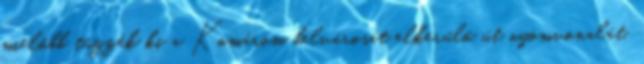
mielőbb tűzzék ki a Komárom belvárosát elkerülő út nyomvonalát.